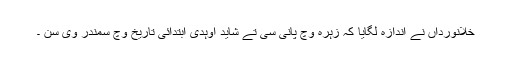
خلانورداں نے اندازہ لگایا کہ زہرہ وچ پانی سی تے شاید اوہدی ابتدائی تاریخ وچ سمندر وی سن ۔